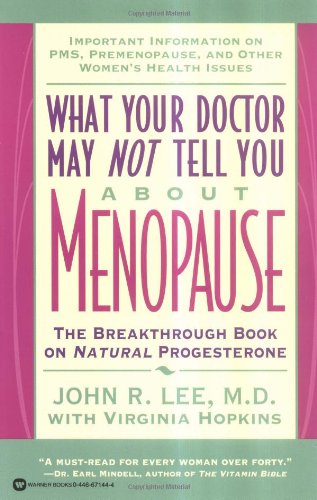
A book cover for What Your Doctor May Not Tell You About(TM): Menopause: The Breakthrough Book on Natural Progesterone; John R. Lee; Health, Fitness & Dieting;